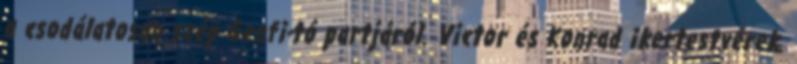
a csodálatosan szép Genfi-tó partjáról. Victor és Konrad ikertestvérek.